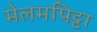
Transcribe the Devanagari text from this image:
मेलमपिट्टा